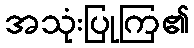
အသုံးပြုကြ၏